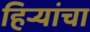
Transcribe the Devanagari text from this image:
हिर्‍यांचा